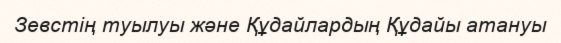
Зевстің туылуы және Құдайлардың Құдайы атануы